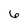
Character: 6